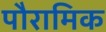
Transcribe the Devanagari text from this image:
पौरामिक